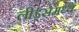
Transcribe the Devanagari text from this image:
लीड्समध्ये